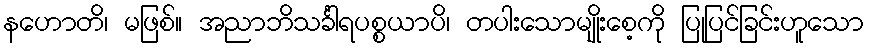
နဟောတိ၊ မဖြစ်။ အညာဘိသင်္ခါရပစ္စယာပိ၊ တပါးသောမျိုးစေ့ကို ပြုပြင်ခြင်းဟူသော